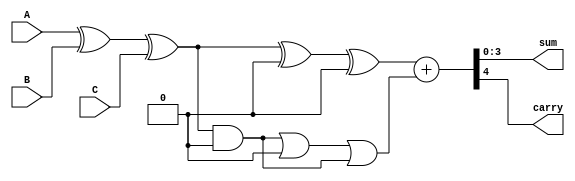
module carry_save_adder (
    input [3:0] A,  // First operand
    input [3:0] B,  // Second operand
    input [3:0] C,  // Third operand
    output [3:0] sum, // Final sum output
    output carry      // Final carry output
);

    // Intermediate signals for partial sums and carries
    wire [3:0] partial_sum1, partial_sum2;
    wire [3:0] carry1, carry2;

    // First stage of CSA
    assign partial_sum1 = A ^ B ^ C; // Partial sum
    assign carry1 = (A & B) | (B & C) | (C & A); // Carry

    // For simplicity, let's assume we have another set of inputs for the next stage
    // In a real scenario, these would come from the previous stage of the reduction tree
    wire [3:0] D, E; // Additional operands for the next stage
    assign D = 4'b0000; // Example input
    assign E = 4'b0000; // Example input

    // Second stage of CSA
    assign partial_sum2 = partial_sum1 ^ D ^ E; // New partial sum
    assign carry2 = (partial_sum1 & D) | (D & E) | (E & partial_sum1); // New carry

    // Final carry propagation using a simple adder
    wire [4:0] final_sum; // 5 bits to accommodate carry
    assign final_sum = {1'b0, partial_sum2} + carry2; // Add carry to partial sum

    // Assign final outputs
    assign sum = final_sum[3:0]; // Final 4-bit sum
    assign carry = final_sum[4];  // Final carry out

endmodule